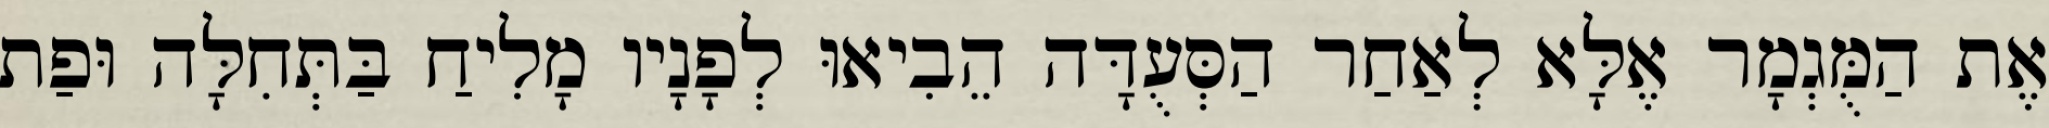
אֶת הַמֻּגְמָר אֶלָּא לְאַחַר הַסְּעֻדָּה הֵבִיאוּ לְפָנָיו מָלִיחַ בַּתְּחִלָּה וּפַת